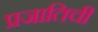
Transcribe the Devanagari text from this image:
प्रजातिची